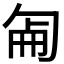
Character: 𠣠